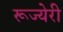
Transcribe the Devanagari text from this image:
रूज्येरी